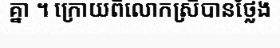
គ្នា ។ ក្រោយពីលោកស្រីបានថ្លែង